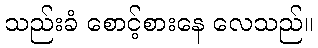
သည်းခံ စောင့်စားနေ လေသည်။